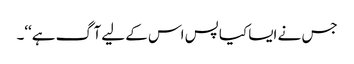
جس نے ایسا کیا پس اس کے لیے آگ ہے‘‘۔